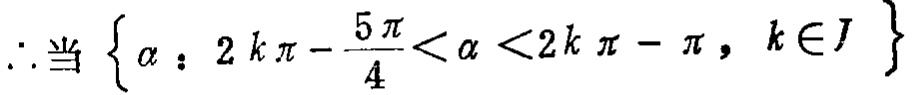
\(\therefore\)当\(\left\{\alpha:2k\pi - \frac{5\pi}{4}<\alpha<2k\pi - \pi,k\in J\right\}\)